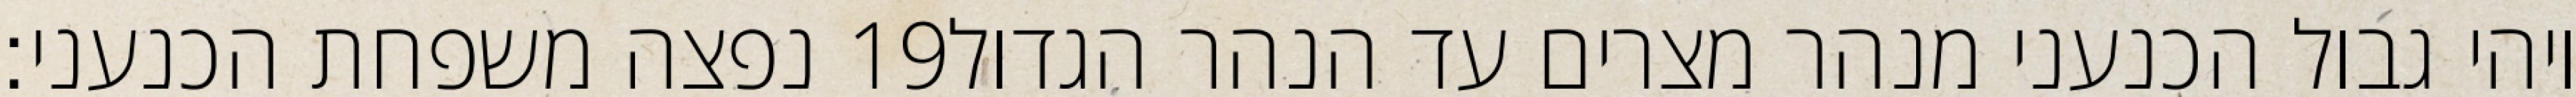
נפצה משפחת הכנעני׃ ‎19‏ ויהי גבול הכנעני מנהר מצרים עד הנהר הגדול